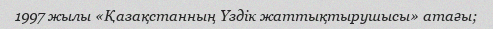
1997 жылы «Қазақстанның Үздік жаттықтырушысы» атағы;